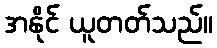
အနိုင် ယူတတ်သည်။